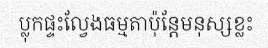
ប្លុកផ្ទះល្វែងធម្មតាប៉ុន្តែមនុស្សខ្លះ